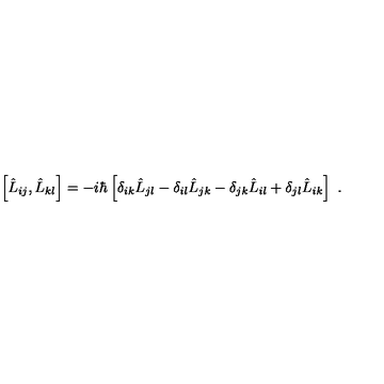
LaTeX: \left[ \hat { L } _ { i j } , \hat { L } _ { k l } \right] = - i \hbar \left[ \delta _ { i k } \hat { L } _ { j l } - \delta _ { i l } \hat { L } _ { j k } - \delta _ { j k } \hat { L } _ { i l } + \delta _ { j l } \hat { L } _ { i k } \right] \ .